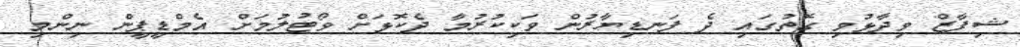
ޝިފާޒް ވިދާޅުވި ގޮތުގައި ދެ ފަނޑިޔާރުން ވަކިކުރުމާ ދެކޮޅަށް ވޯޓުލުމަށް އެމްޑީޕީން ނިންމި